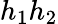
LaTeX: h_{1}h_{2}